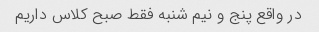
در واقع پنج و نیم شنبه فقط صبح کلاس داریم